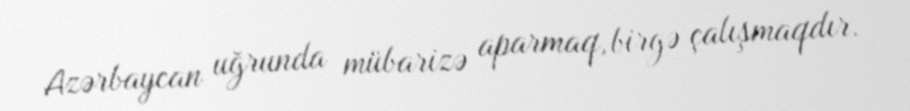
Azərbaycan uğrunda mübarizə aparmaq, birgə çalışmaqdır.